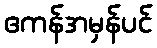
ဧကန်အမှန်ပင်